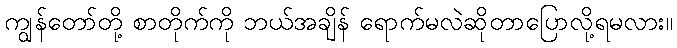
ကျွန်တော်တို့ စာတိုက်ကို ဘယ်အချိန် ရောက်မလဲဆိုတာပြောလို့ရမလား။